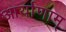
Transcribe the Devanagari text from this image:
आर्याणाम्